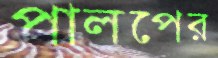
পালপের